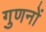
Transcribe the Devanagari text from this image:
गुणनों